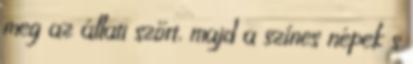
meg az állati szőrt, majd a színes népek s